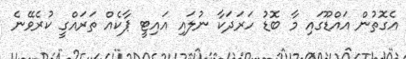
އެގޮތުން އައްޑޫގައި މާ ބޮޑު ހަރަދަކާ ނުލައި އައިޓީ ޕާކެއް ތަރައްގީ ކުރެވޭނެ